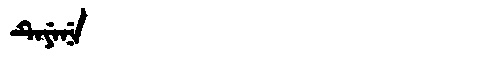
Manchu: ᡨᡝᠶᡝᠨᡝ
Romanization: TEYENE